Leprosy in India: report of the Leprosy Commission in India, 1890-91
Year: 1890
Disease focus: Leprosy
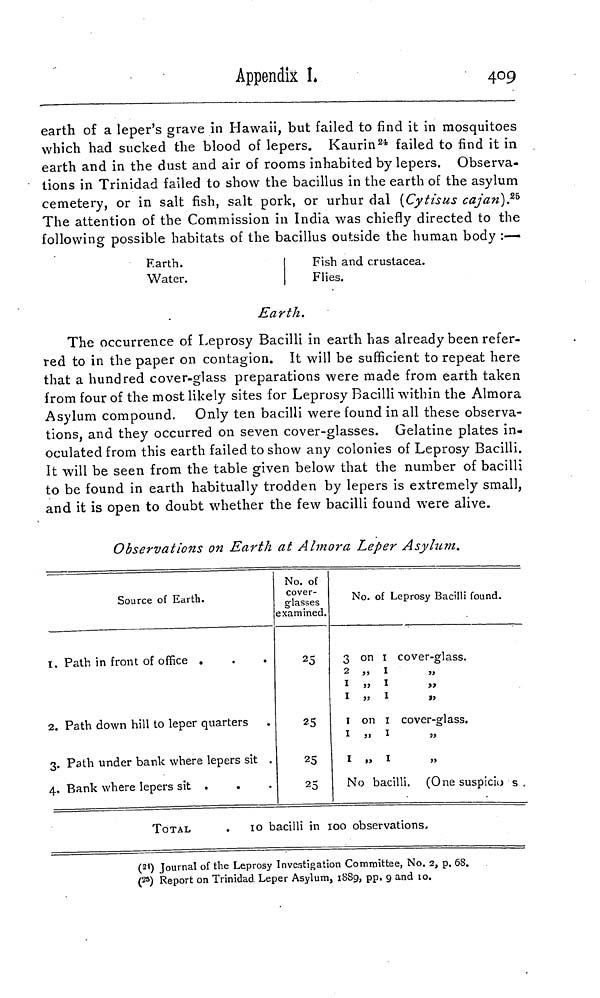
Appendix I,
409
earth of a leper's grave in Hawaii, but failed to find it in mosquitoes
which had sucked the blood of lepers. Kaurin 24 failed to find it in
earth and in the dust and air of rooms inhabited by lepers. Observa-
tions in Trinidad failed to show the bacillus in the earth of the asylum
cemetery, or in salt fish, salt pork, or urhur dal (Cytisus cajan). 25
The attention of the Commission in India was chiefly directed to the
following possible habitats of the bacillus outside the human body :—
Earth.
Water.
Fish and crustacea.
Flies.
Earth.
The occurrence of Leprosy Bacilli in earth has already been refer-
red to in the paper on contagion. It will be sufficient to repeat here
that a hundred cover-glass preparations were made from earth taken
from four of the most likely sites for Leprosy Bacilli within the Almora
Asylum compound. Only ten bacilli were found in all these observa-
tions, and they occurred on seven cover-glasses. Gelatine plates in-
oculated from this earth failed to show any colonies of Leprosy Bacilli.
It will be seen from the table given below that the number of bacilli
to be found in earth habitually trodden by lepers is extremely small,
and it is open to doubt whether the few bacilli found were alive.
Observations on Earth at Almora Leper Asylum.
Source of Earth.
1. Path in front of office .
2. Path down hill to leper quarters
3. Path under bank where lepers sit .
4. Bank where lepers sit
No. of
cover-
glasses
examined.
25
25
25
25
No. of Leprosy Bacilli found.
3 on 1 cover-glass.
2 „ 1
1 „ 1
,,
1 ,, 1
,,
1 on 1 cover-glass.
1 ,, 1
,,
1 „ 1 ,,
No bacilli. (One suspicio s
TOTAL
.
10 bacilli in 100 observations.
( 24 ) Journal of the Leprosy Investigation Committee, No. 2, p, 68.
( 25 ) Report on Trinidad Leper Asylum, 1889, pp. 9 and io.